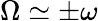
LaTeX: \Omega\simeq\pm\omega